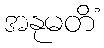
အနုမတိံ